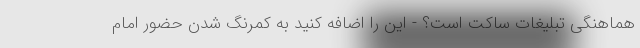
هماهنگی تبلیغات ساکت است؟ - این را اضافه کنید به کمرنگ شدن حضور امام